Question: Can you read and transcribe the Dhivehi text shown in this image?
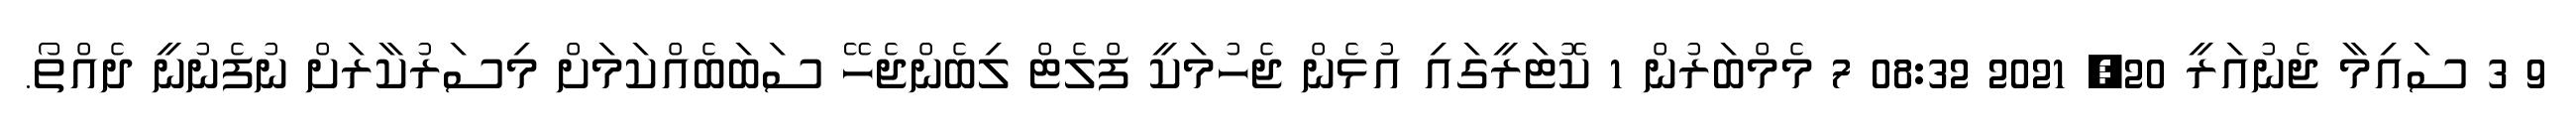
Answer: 9 3 ސައިމާ ޖެނުއަރީ 20, 2021 08:32 7 މެމްބަރުން 1 ކޮޓަރީގައި އުޅެން ޖެހުމަކީ ފްލެޓް ލިބެންޖެހޭ ސަބަބެއްކަމަށް މިސަރުކާރަށް ނުފެނުނީ ދެއްތޯ.